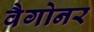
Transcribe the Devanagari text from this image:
वैगोनर